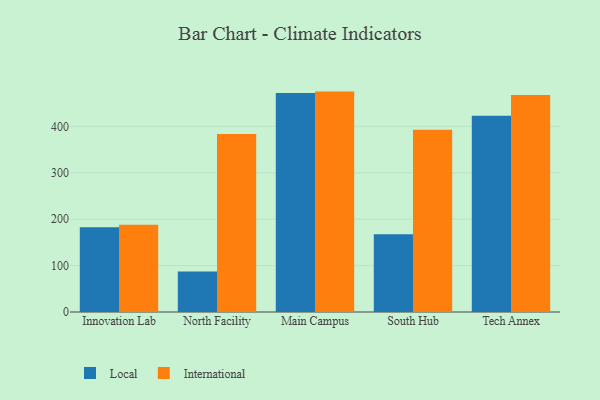
{"axis": {"x": "Campus", "y": "Market Share (%)"}, "legend": ["International", "Local"], "data": [{"x": "Innovation Lab", "y": 182.4, "type": "Local"}, {"x": "Innovation Lab", "y": 187.8, "type": "International"}, {"x": "North Facility", "y": 87.5, "type": "Local"}, {"x": "North Facility", "y": 383.8, "type": "International"}, {"x": "Main Campus", "y": 471.8, "type": "Local"}, {"x": "Main Campus", "y": 474.9, "type": "International"}, {"x": "South Hub", "y": 167.4, "type": "Local"}, {"x": "South Hub", "y": 392.8, "type": "International"}, {"x": "Tech Annex", "y": 422.7, "type": "Local"}, {"x": "Tech Annex", "y": 467.7, "type": "International"}]}